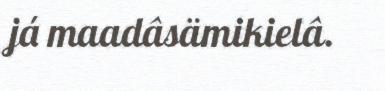
já maadâsämikielâ.